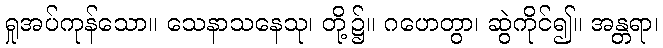
ရှုအပ်ကုန်သော။ သေနာသနေသု၊ တို့၌။ ဂဟေတွာ၊ ဆွဲကိုင်၍။ အန္တရာ၊